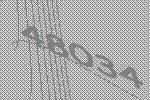
48034